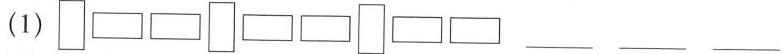
(1) ___ ___ ___